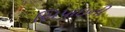
સિપાઇની